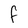
Character: f